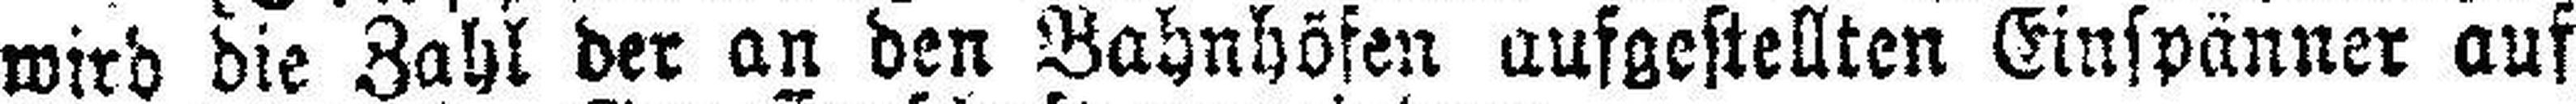
wird die Zahl der an den Bahnhöfen aufgestellten Einspänner auf